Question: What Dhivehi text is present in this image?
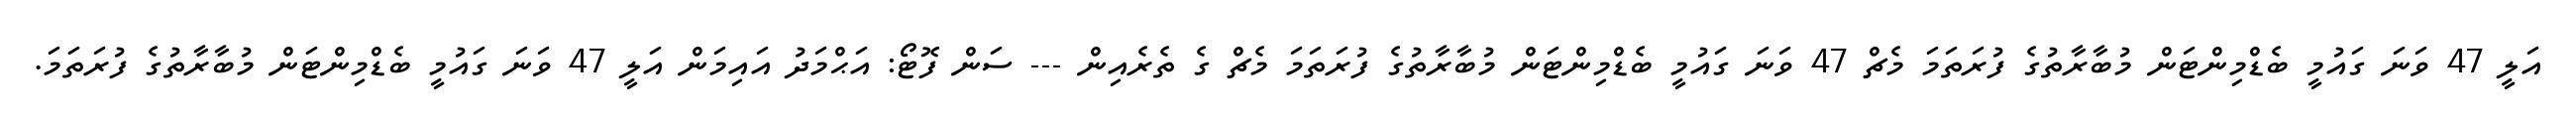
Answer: އަލީ 47 ވަނަ ގައުމީ ބެޑްމިންޓަން މުބާރާތުގެ ފުރަތަމަ މެޗް 47 ވަނަ ގައުމީ ބެޑްމިންޓަން މުބާރާތުގެ ފުރަތަމަ މެޗް ގެ ތެރެއިން --- ސަން ފޮޓޯ: އަޙްމަދު އައިމަން އަލީ 47 ވަނަ ގައުމީ ބެޑްމިންޓަން މުބާރާތުގެ ފުރަތަމަ.